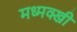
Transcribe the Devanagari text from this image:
मध्मक्खी